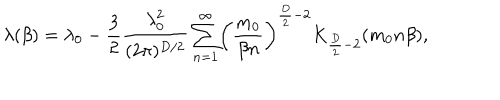
LaTeX: \lambda ( \beta ) = \lambda _ { 0 } - \frac { 3 } { 2 } \frac { \lambda _ { 0 } ^ { 2 } } { ( 2 \pi ) ^ { D / 2 } } \sum _ { n = 1 } ^ { \infty } \biggl ( \frac { m _ { 0 } } { \beta n } \biggr ) ^ { \frac { D } { 2 } - 2 } K _ { \frac { D } { 2 } - 2 } ( m _ { 0 } n \beta ) ,